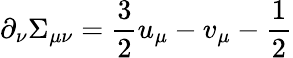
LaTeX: \partial_{\nu}\Sigma_{\mu\nu}={\frac{3}{2}}u_{\mu}-v_{\mu}-{\frac{1}{2}}